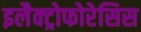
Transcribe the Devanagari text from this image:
इलैक्ट्रोफोरेसिस